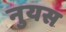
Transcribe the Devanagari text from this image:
नुयस